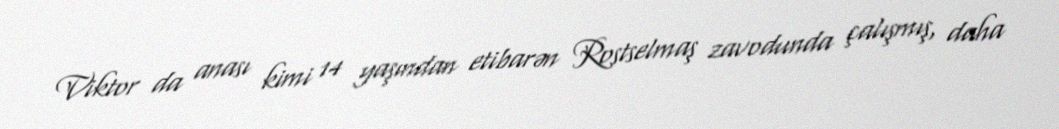
Viktor da anası kimi 14 yaşından etibarən Rostselmaş zavodunda çalışmış, daha